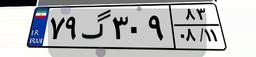
۷۹گ۳۰۹۸۳